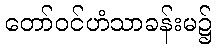
တော်ဝင်ဟံသာခန်းမ၌